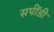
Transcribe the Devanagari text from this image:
सपींडी